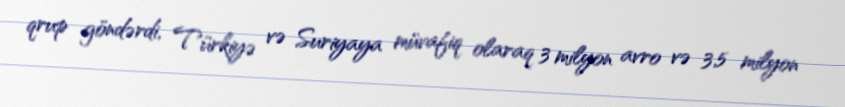
qrup göndərdi, Türkiyə və Suriyaya müvafiq olaraq 3 milyon avro və 3,5 milyon